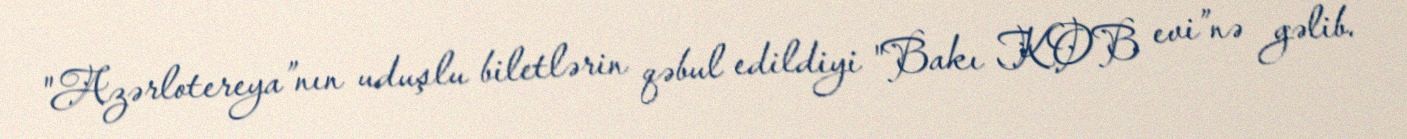
"Azərlotereya”nın uduşlu biletlərin qəbul edildiyi "Bakı KOB evi”nə gəlib.